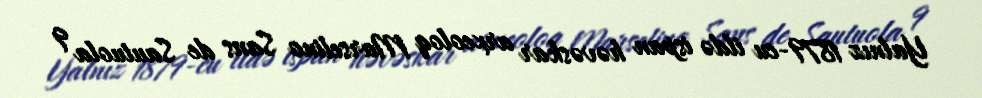
Yalnız 1879-cu ildə ispan həvəskar arxeoloq Marselino Sans de Sautuola 9